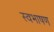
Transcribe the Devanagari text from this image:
स्वभाषण